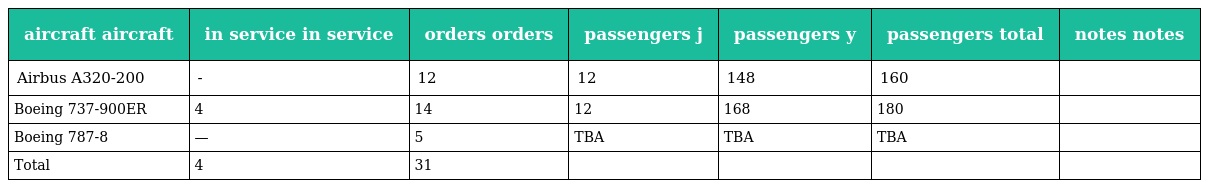
| aircraft aircraft | in service in service | orders orders | passengers j | passengers y | passengers total | notes notes |
 | --- | --- | --- | --- | --- | --- | --- |
 | Airbus A320-200 | - | 12 | 12 | 148 | 160 |  |
 | Boeing 737-900ER | 4 | 14 | 12 | 168 | 180 |  |
 | Boeing 787-8 | — | 5 | TBA | TBA | TBA |  |
 | Total | 4 | 31 |  |  |  |  |